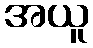
အယူ